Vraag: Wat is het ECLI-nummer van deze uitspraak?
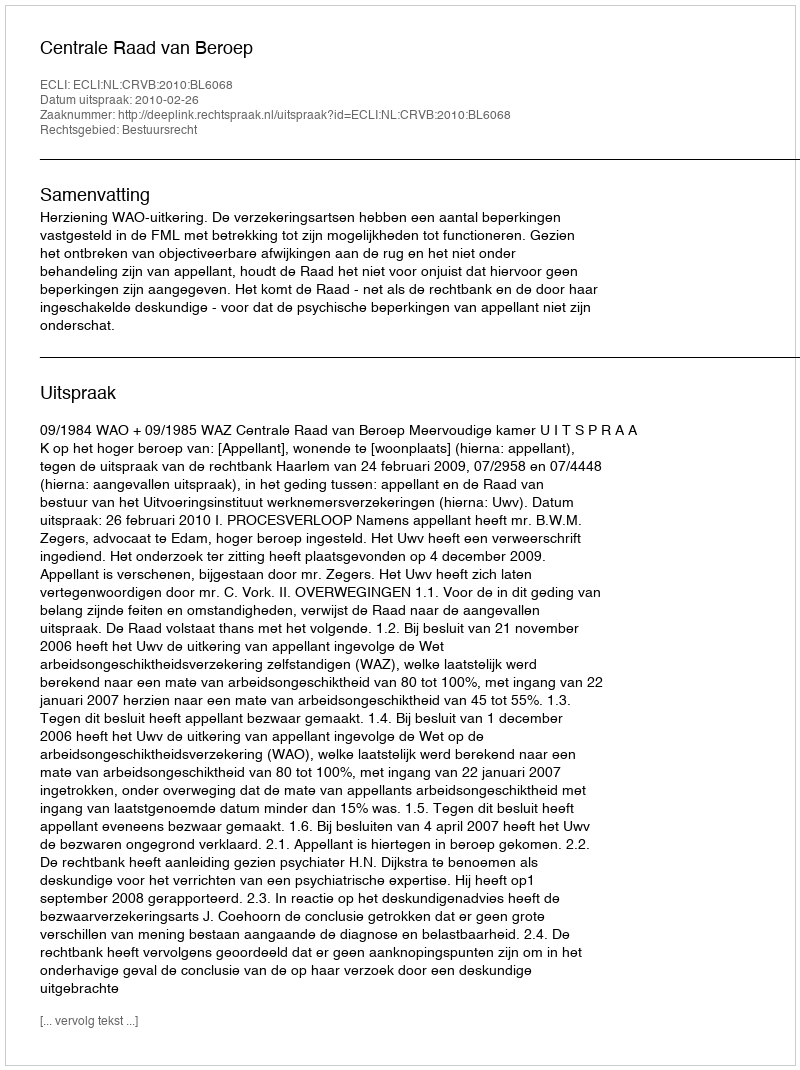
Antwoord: ECLI:NL:CRVB:2010:BL6068